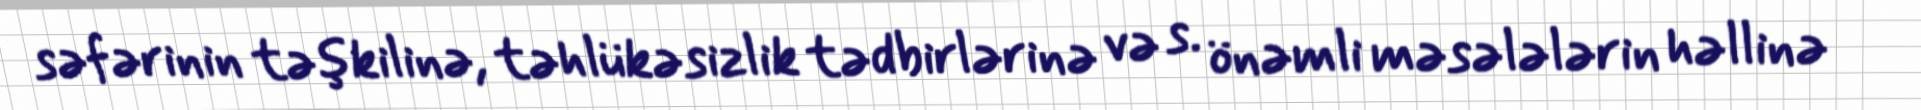
səfərinin təşkilinə, təhlükəsizlik tədbirlərinə və s. önəmli məsələlərin həllinə